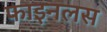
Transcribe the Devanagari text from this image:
फाइनलस